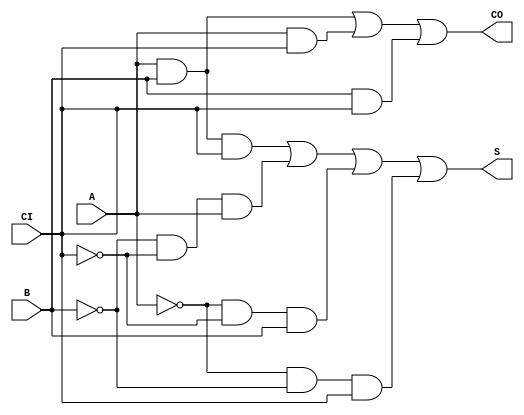
// Copyright 2022 GlobalFoundries PDK Authors
//
// Licensed under the Apache License, Version 2.0 (the "License");
// you may not use this file except in compliance with the License.
// You may obtain a copy of the License at
//
//      http://www.apache.org/licenses/LICENSE-2.0
//
// Unless required by applicable law or agreed to in writing, software
// distributed under the License is distributed on an "AS IS" BASIS,
// WITHOUT WARRANTIES OR CONDITIONS OF ANY KIND, either express or implied.
// See the License for the specific language governing permissions and
// limitations under the License.

module gf180mcu_fd_sc_mcu7t5v0__addf_1( S, A, CI, B, CO );
input A, B, CI;
output CO, S;

	wire CO_row1;

	and MGM_BG_0( CO_row1, A, B );

	wire CO_row2;

	and MGM_BG_1( CO_row2, A, CI );

	wire CO_row3;

	and MGM_BG_2( CO_row3, B, CI );

	or MGM_BG_3( CO, CO_row1, CO_row2, CO_row3 );

	wire S_row1;

	and MGM_BG_4( S_row1, A, B, CI );

	wire B_inv_for_gf180mcu_fd_sc_mcu7t5v0__addf_1;

	not MGM_BG_5( B_inv_for_gf180mcu_fd_sc_mcu7t5v0__addf_1, B );

	wire CI_inv_for_gf180mcu_fd_sc_mcu7t5v0__addf_1;

	not MGM_BG_6( CI_inv_for_gf180mcu_fd_sc_mcu7t5v0__addf_1, CI );

	wire S_row2;

	and MGM_BG_7( S_row2, B_inv_for_gf180mcu_fd_sc_mcu7t5v0__addf_1, CI_inv_for_gf180mcu_fd_sc_mcu7t5v0__addf_1, A );

	wire A_inv_for_gf180mcu_fd_sc_mcu7t5v0__addf_1;

	not MGM_BG_8( A_inv_for_gf180mcu_fd_sc_mcu7t5v0__addf_1, A );

	wire S_row3;

	and MGM_BG_9( S_row3, A_inv_for_gf180mcu_fd_sc_mcu7t5v0__addf_1, CI_inv_for_gf180mcu_fd_sc_mcu7t5v0__addf_1, B );

	wire S_row4;

	and MGM_BG_10( S_row4, A_inv_for_gf180mcu_fd_sc_mcu7t5v0__addf_1, B_inv_for_gf180mcu_fd_sc_mcu7t5v0__addf_1, CI );

	or MGM_BG_11( S, S_row1, S_row2, S_row3, S_row4 );

endmodule